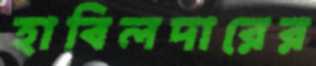
হাবিলদারের